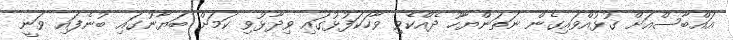
އައްބާސްއަށް ގުޅުއްވައިގެން ނަތަންޔާހޫ ދެއްކެވި ވާހަކަފުޅުގައި ވިދާޅުވި ކަމަށް ބަޔާނުގައި ބުނެފައި ވަނީ